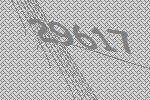
29617